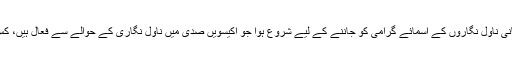
اور یہ مکالمہ ان ہندوستانی ناول نگاروں کے اسمائے گرامی کو جاننے کے لیے شروع ہوا جو اکیسویں صدی میں ناول نگاری کے حوالے سے فعال ہیں، کس نے کون سا ناول لکھا۔